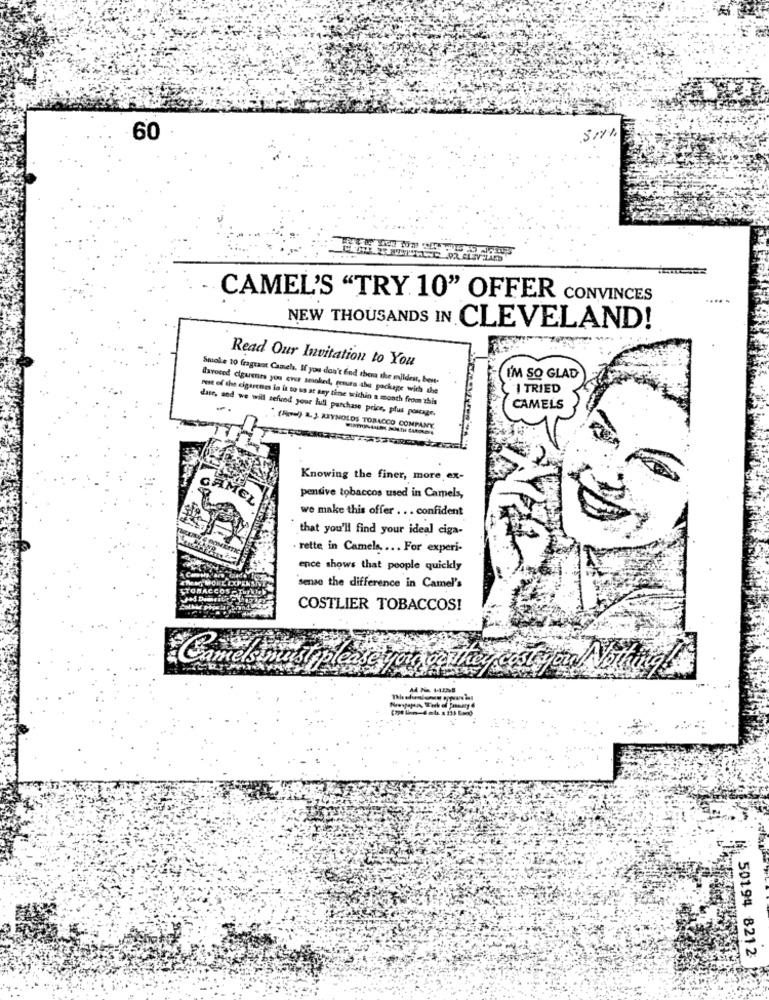
60
CAMEL'S "TRY. 10" OFFER CONVINCES
NEW THOUSANDS IN CLEVELAND!
- --
Read Our Invitation to You
Smoke 10 fragrant Camela. If you don't End thera the mildest, bent-
I'M SO GLAD
favored cigarenes you ever smokedl, getura abe package with the
I TRIED
rest of the cigaretes la it to us at any time wichin a month from this
date, and we will sefund your lull purchase price, plus postage.
CAMELS
" (How) &. J. REYNOLDS TOBACCO COMPANY
Knowing the finer, more ex-
pensive tobaccos used in Camels,
we make this offer ... confident
that you'll find your ideal ciga-
. rette in Camels. ... For experi-
ence shows that people quickly
sense the difference in Camel's
COSTLIER TOBACCOS!
50194 8212